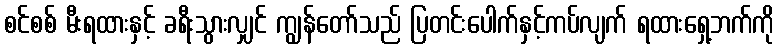
စင်စစ် မီးရထားနှင့် ခရီးသွားလျှင် ကျွန်တော်သည် ပြတင်းပေါက်နှင့်ကပ်လျက် ရထားရှေ့ဘက်ကို